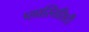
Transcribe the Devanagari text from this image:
प्लास्तिसिटी